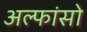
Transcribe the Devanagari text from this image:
अल्फांसो